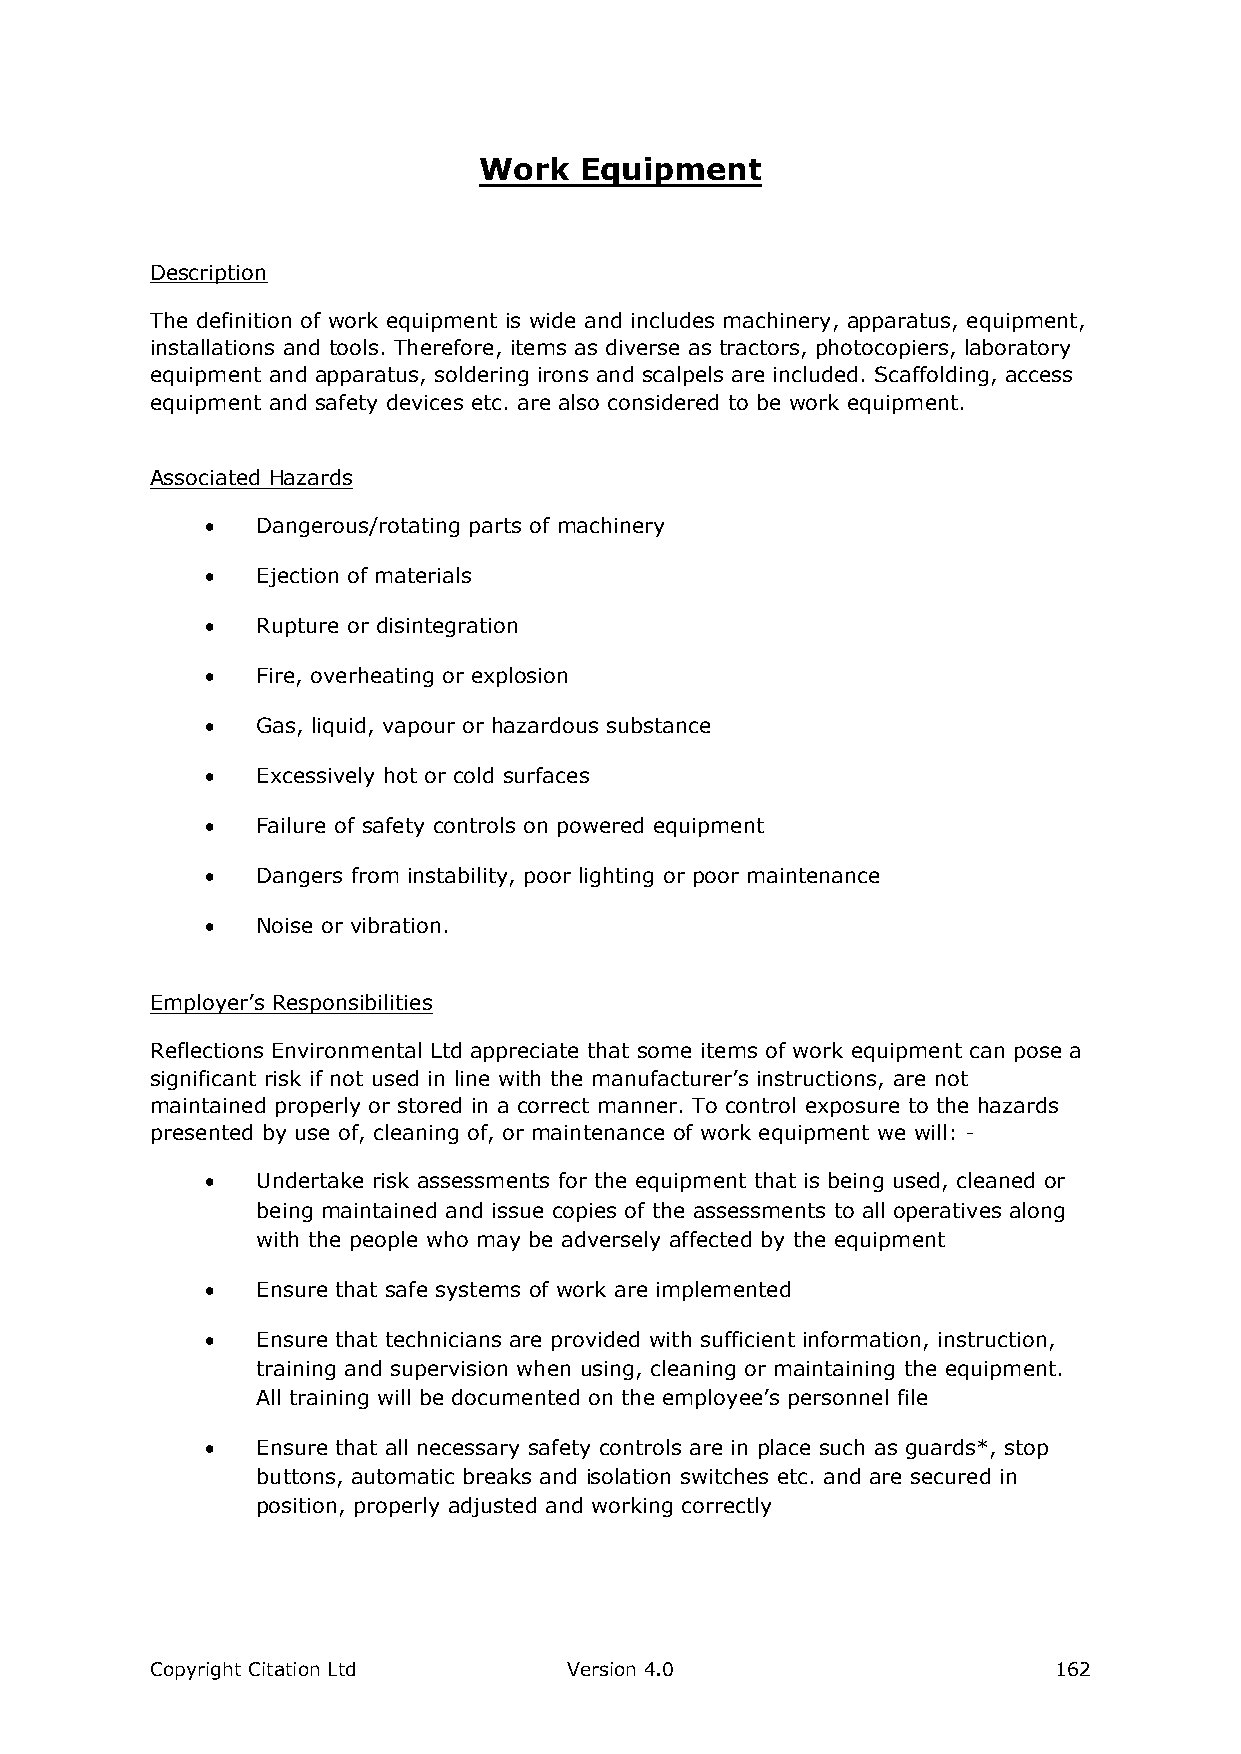
Work  Equipment
 Description
 The definition of work equipment is wide and includes machinery, apparatus, equipment,
 installations and tools. Therefore, items as diverse as tractors, photocopiers, laboratory
 equipment and apparatus, soldering irons and scalpels are included. Scaffolding, access
 equipment and safety devices etc. are also considered to be work equipment.
 Associated Hazards
   Dangerous/rotating parts of machinery
   Ejection of materials
   Rupture or disintegration
   Fire, overheating or explosion
   Gas, liquid, vapour or hazardous substance
   Excessively hot or cold surfaces
   Failure of safety controls on powered equipment
   Dangers from instability, poor lighting or poor maintenance
   Noise or vibration.
 Employer’s Responsibilities
 Reflections Environmental Ltd appreciate that some items of work equipment can pose a
 significant risk if not used in line with the manufacturer’s instructions, are not
 maintained properly or stored in a correct manner. To control exposure to the hazards
 presented by use of, cleaning of, or maintenance of work equipment we will: -
   Undertake risk assessments for the equipment that is being used, cleaned or
 being maintained and issue copies of the assessments to all operatives along
 with the people who may be adversely affected by the equipment
   Ensure that safe systems of work are implemented
   Ensure that technicians are provided with sufficient information, instruction,
 training and supervision when using, cleaning or maintaining the equipment.
 All training will be documented on the employee’s personnel file
   Ensure that all necessary safety controls are in place such as guards*, stop
 buttons, automatic breaks and isolation switches etc. and are secured in
 position, properly adjusted and working correctly
 Copyright Citation Ltd      Version 4.0                     162